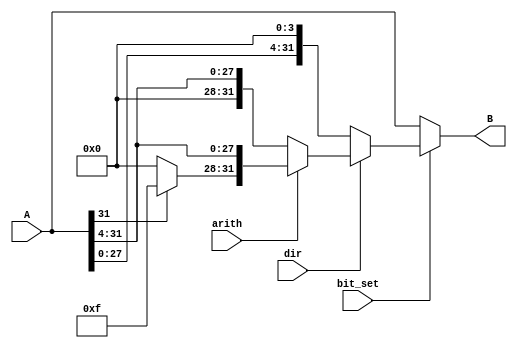
`timescale 1ns / 1ps
//////////////////////////////////////////////////////////////////////////////////
// Company: 
// Engineer: 
// 
// Design Name: 
// Module Name:    shift4 
// Project Name: 
// Target Devices: 
// Tool versions: 
// Description: 
//
// Dependencies: 
//
// Revision: 
// Revision 0.01 - File Created
// Additional Comments: 
//
//////////////////////////////////////////////////////////////////////////////////
module SHIFT_4(input[31:0] A, input bit_set, input dir, input arith, output[31:0] B);
	
	wire[31:0] left;
	wire[31:0] right;
	wire[31:0] right_arith;
	wire[31:0] result;
	
	assign left[3:0] = 4'b0000;
	assign left[31:4] = A[27:0];
	
	assign right[31:28] = 4'b0000;
	assign right[27:0] = A[31:4];

	assign right_arith[31:28] = (A[31] == 0) ? 4'b0000 : 4'b1111;
	assign right_arith[27:0] = A[31:4];
	
	assign result = (dir == 1) ? (arith==1 ? right_arith : right) : left;
	
	assign B = (bit_set == 1) ? result : A;
	
endmodule